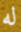
له